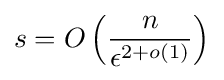
\displaystyle s=O\left({\frac {n}{\epsilon ^{2+o(1)}}}\right)